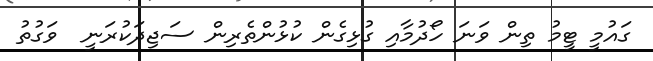
ގައުމީ ޓީމު ތިން ވަނަ ހޯދުމާއި ގުޅިގެން ކުޅުންތެރިން ސަޖިދަކުރަނީ  ވަގުތު